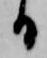
る